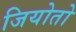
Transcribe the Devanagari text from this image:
जियोतो